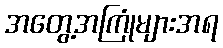
အတွေ့အကြုံများအရ